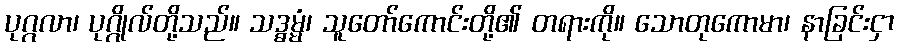
ပုဂ္ဂလာ၊ ပုဂ္ဂိုလ်တို့သည်။ သဒ္ဓမ္မံ၊ သူတော်ကောင်းတို့၏ တရားကို။ သောတုကောမာ၊ နာခြင်းငှာ